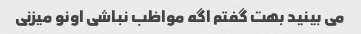
می بینید بهت گفتم اگه مواظب نباشی اونو میزنی